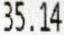
35.14